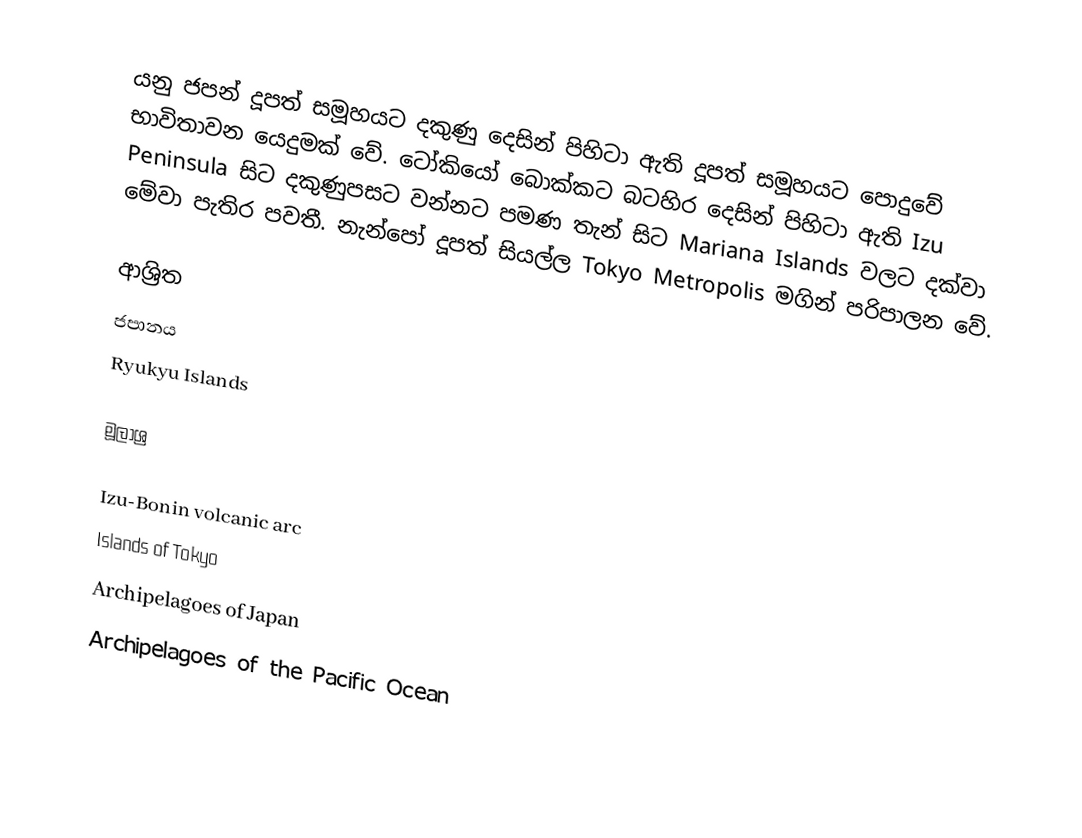
යනු ජපන් දූපත් සමූහයට දකුණු දෙසින් පිහිටා ඇති දූපත් සමූහයට පොදුවේ භාවිතාවන යෙදුමක් වේ. ටෝකියෝ බොක්කට බටහිර දෙසින් පිහිටා ඇති Izu Peninsula සිට දකුණුපසට වන්නට  පමණ තැන් සිට Mariana Islands වලට  දක්වා මේවා පැතිර පවතී. නැන්පෝ දූපත් සියල්ල Tokyo Metropolis මගින් පරිපාලන වේ.

ආශ්‍රිත
 ජපානය
 Ryukyu Islands

මූලාශ්‍ර

Izu-Bonin volcanic arc
Islands of Tokyo
Archipelagoes of Japan
Archipelagoes of the Pacific Ocean